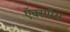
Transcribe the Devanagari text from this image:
ऍक्सप्रैस